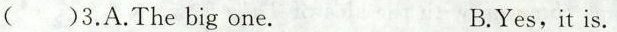
()3.A.The big one. B.Yes,it is.